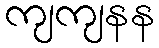
ကျကျနန